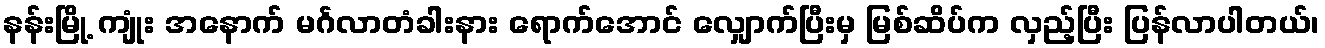
နန်းမြို့ ကျုံး အနောက် မင်္ဂလာတံခါးနား ရောက်အောင် လျှောက်ပြီးမှ မြစ်ဆိပ်က လှည့်ပြီး ပြန်လာပါတယ်၊